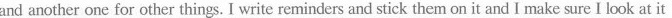
and another one for other things. I write reminders and stick them on it and I make sure I look at it